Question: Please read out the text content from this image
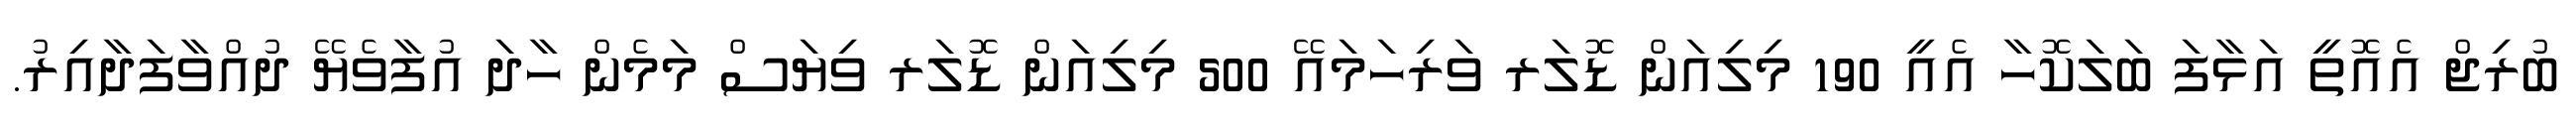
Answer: ބުރިޖް އެއޮތީ އަޅާފަ ބަލަކޮހާ އެއީ 190 މިލިއަން ޑޮލަރ ވަރިހަމައޭ 500 މިލިއަން ޑޮލަރ ވިޔަސް މަމެން ހާދަ އުފާވެޔޭ ދުއްވާފަދާއިރު.